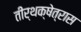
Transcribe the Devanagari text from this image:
तीर्थक्षेत्रास